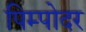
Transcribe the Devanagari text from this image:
पिम्पोदर